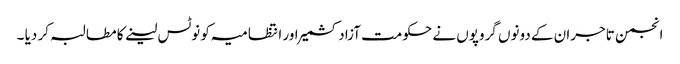
انجمن تاجران کے دونوں گروپوں نے حکومت آزادکشمیر اور انتظامیہ کو نوٹس لینے کا مطالبہ کر دیا ۔